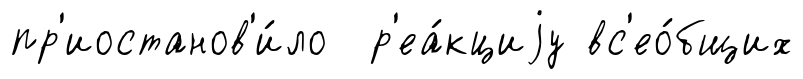
пр'иостанов'и́ло р'еа́кциjу вс'ео́бщих